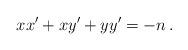
LaTeX: \begin{align*}xx'+xy'+yy'=-n\,.\end{align*}